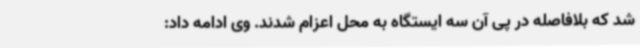
شد که بلافاصله در پی آن سه ایستگاه به محل اعزام شدند. وی ادامه داد: